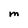
Character: m